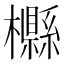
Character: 𣟠